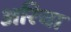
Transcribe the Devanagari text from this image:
अरिचा